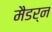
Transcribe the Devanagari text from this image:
मैडर्न